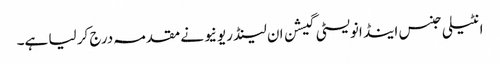
انٹیلی جنس اینڈ انویسٹی گیشن ان لینڈ ریونیو نے مقدمہ درج کر لیا ہے۔